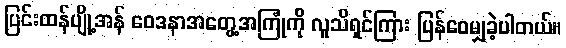
ပြင်းထန်ပျို့အန် ဝေဒနာအတွေ့အကြုံကို လူသိရှင်ကြား ပြန်ဝေမျှခဲ့ပါတယ်။